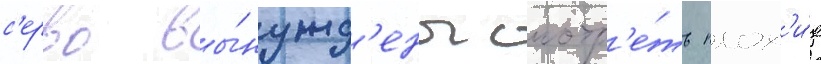
с'ерво вы́нужд'ены смотр'е́ть плох'и́е